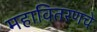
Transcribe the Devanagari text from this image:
महावितरणचे